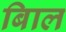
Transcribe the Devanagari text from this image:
बािल